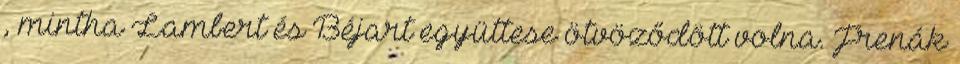
, mintha Lambert és Béjart együttese ötvöződött volna. Frenák